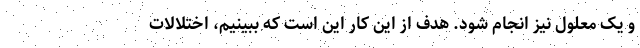
و یک معلول نیز انجام شود. هدف از این کار این است که ببینیم، اختلالات